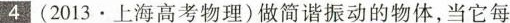
4 (2013.上海高考物理)做简谐振动的物体，当它每